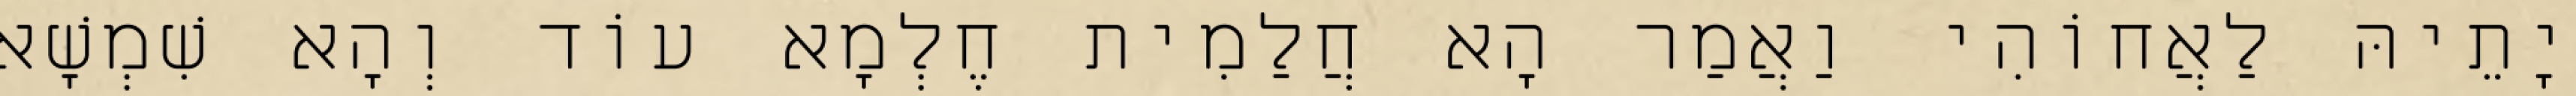
יָתֵיהּ לַאֲחוֹהִי וַאֲמַר הָא חֲלַמִית חֶלְמָא עוֹד וְהָא שִׁמְשָׁא